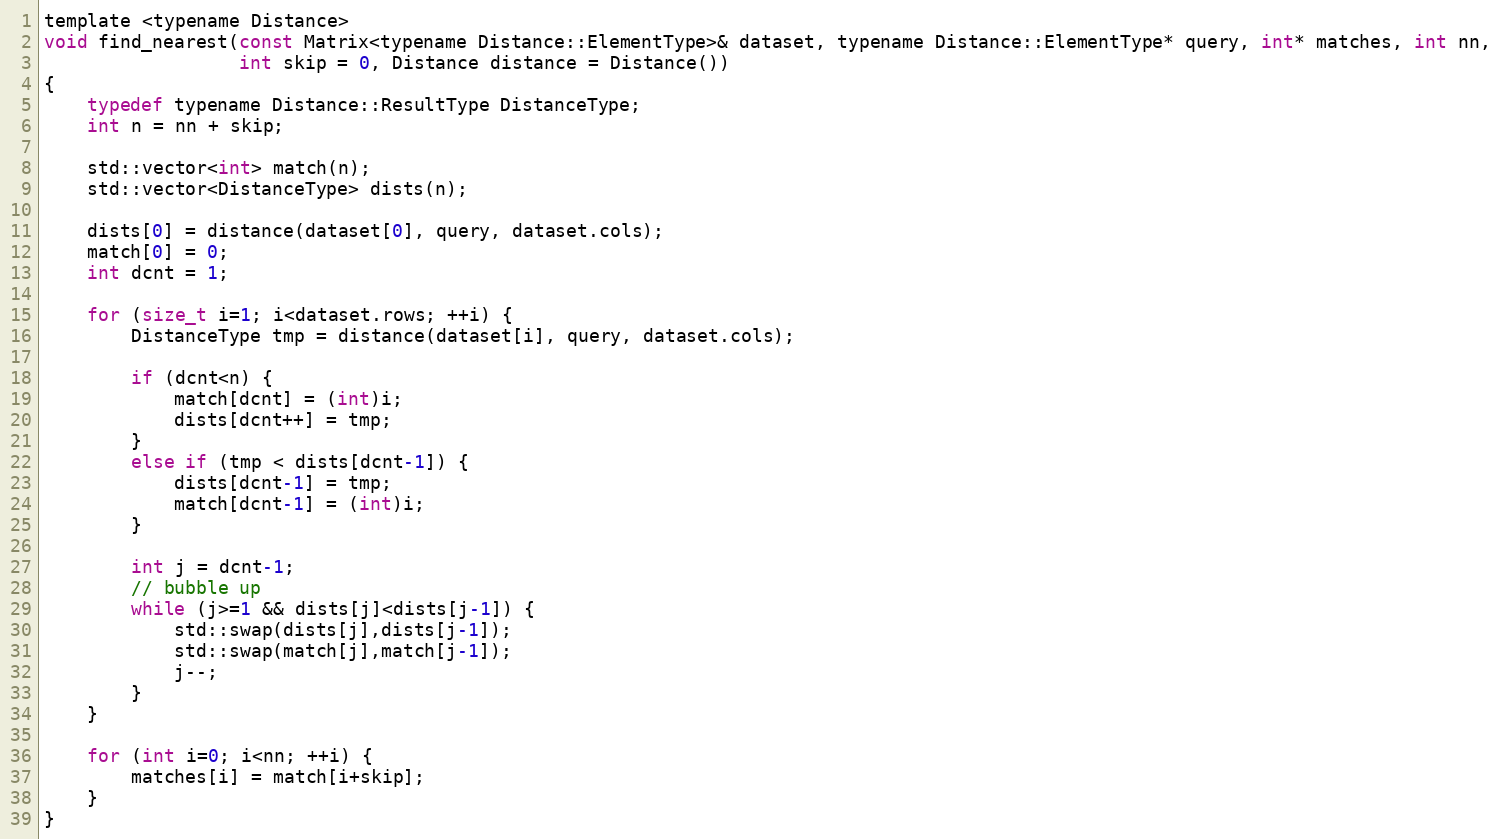
Language: C
template <typename Distance>
void find_nearest(const Matrix<typename Distance::ElementType>& dataset, typename Distance::ElementType* query, int* matches, int nn,
                  int skip = 0, Distance distance = Distance())
{
    typedef typename Distance::ResultType DistanceType;
    int n = nn + skip;

    std::vector<int> match(n);
    std::vector<DistanceType> dists(n);

    dists[0] = distance(dataset[0], query, dataset.cols);
    match[0] = 0;
    int dcnt = 1;

    for (size_t i=1; i<dataset.rows; ++i) {
        DistanceType tmp = distance(dataset[i], query, dataset.cols);

        if (dcnt<n) {
            match[dcnt] = (int)i;
            dists[dcnt++] = tmp;
        }
        else if (tmp < dists[dcnt-1]) {
            dists[dcnt-1] = tmp;
            match[dcnt-1] = (int)i;
        }

        int j = dcnt-1;
        // bubble up
        while (j>=1 && dists[j]<dists[j-1]) {
            std::swap(dists[j],dists[j-1]);
            std::swap(match[j],match[j-1]);
            j--;
        }
    }

    for (int i=0; i<nn; ++i) {
        matches[i] = match[i+skip];
    }
}